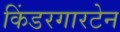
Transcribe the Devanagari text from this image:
किंडरगारटेन